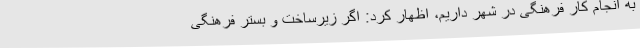
به انجام کار فرهنگی در شهر داریم، اظهار کرد: اگر زیرساخت و بستر فرهنگی